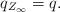
LaTeX: \begin{align*}q_{Z_\infty} = q.\end{align*}